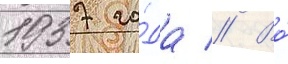
1937 го́да // Во́